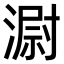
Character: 𣻷